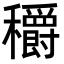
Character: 穱